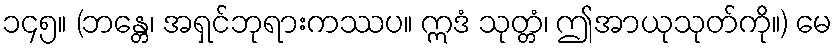
၁၄၅။ (ဘန္တေ၊ အရှင်ဘုရားကဿပ။ ဣဒံ သုတ္တံ၊ ဤအာယုသုတ်ကို။) မေ